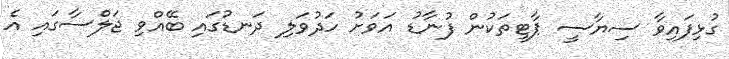
ގުޅިފައިވާ ސިޔާސީ ޕާޓީތަކުން ފުނާޑު އަވަށު ހަދުވަލި ދަނޑުގައި ބޭއްވި ޖަލްސާގައި އެ